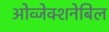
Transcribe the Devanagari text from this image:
ओव्जेक्शनेबिल